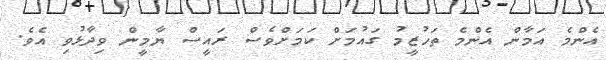
އެންމެ އަމާން އެންމެ ތަހުޒީމު ގައުމަށް ކަމަށްވެސް ރައީސް ޔާމީން ވިދާޅުވި އެވެ.